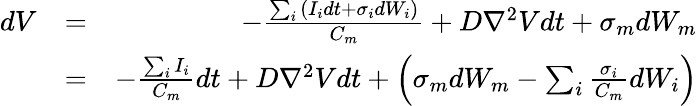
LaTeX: \begin{array}{rlr}{dV}&{=}&{-\frac{\sum_{i}{\left(I_{i}dt+\sigma_{i}dW_{i}\right)}}{C_{m}}+D\mathrm{\nabla}^{2}Vdt+\sigma_{m}dW_{m}}\\ &{=}&{-\frac{\sum_{i}{I_{i}}}{C_{m}}dt+D\mathrm{\nabla}^{2}Vdt+\left(\sigma_{m}dW_{m}-\sum_{i}{\frac{\sigma_{i}}{C_{m}}dW_{i}}\right)}\end{array}